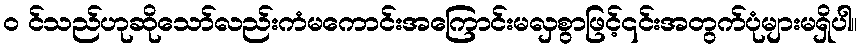
၀ င်သည်ဟုဆိုသော်လည်းကံမကောင်းအကြောင်းမလှစွာဖြင့်၎င်းအတွက်ပုံများမရှိပါ။